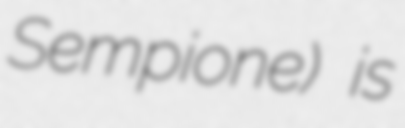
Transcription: Sempione) is